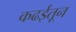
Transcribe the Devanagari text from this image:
कढईतून